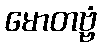
မောတဗ္ဗံ